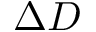
\Delta D